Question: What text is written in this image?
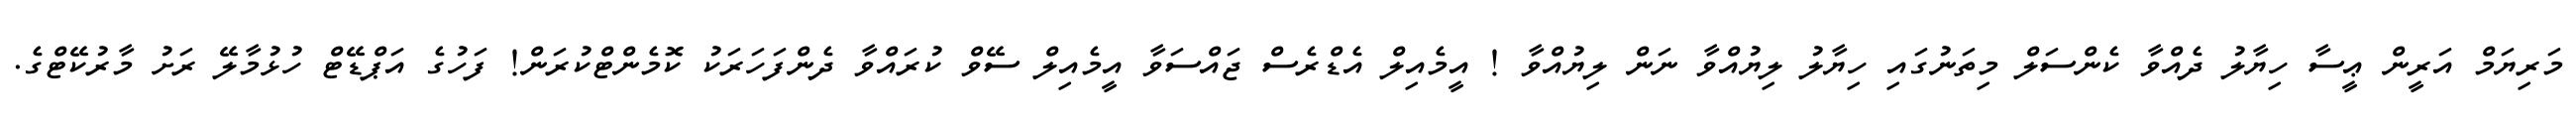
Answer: މަރިޔަމް އަރީން ޢީސާ ހިޔާލު ދެއްވާ ކެންސަލް މިތަނުގައި ހިޔާލު ލިޔުއްވާ ނަން ލިޔުއްވާ ! އީމެއިލް އެޑްރެސް ޖައްސަވާ އީމެއިލް ސޭވް ކުރައްވާ ދެންފަހަރަކު ކޮމެންޓްކުރަން! ފަހުގެ އަޕްޑޭޓް ހުޅުމާލޭ ރަށު މާރުކޭޓްގެ.